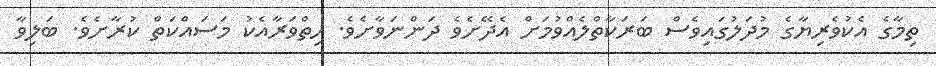
ތިމާގެ އެކުވެރިޔާގެ މުދަލުގައިވެސް ބަރަކާތްލެއްވުމަށް އެދޭށެވެ ދަންނަވާށެވެ. ހިތްވަރާއެކު މަސައްކަތް ކުރާށެވެ. ބަލިވާ